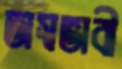
অস্বভাবী